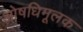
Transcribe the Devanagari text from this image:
ओषधिमूलक